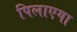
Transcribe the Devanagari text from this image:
पिलाएगा